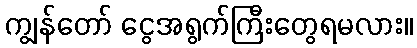
ကျွန်တော် ငွေအရွက်ကြီးတွေရမလား။